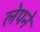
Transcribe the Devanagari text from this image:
लेपने